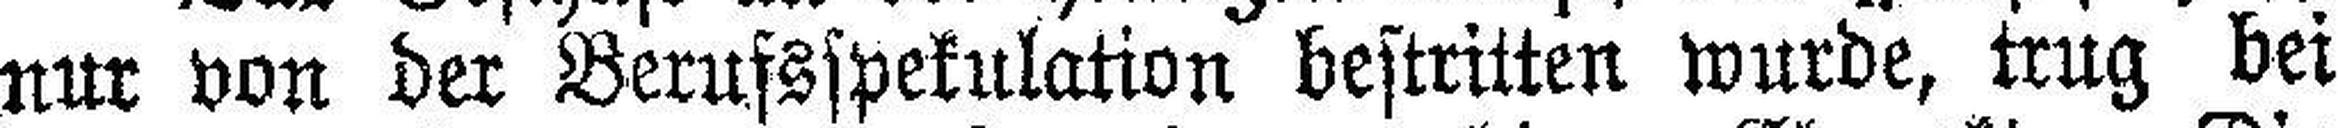
nur von der Berufsspekulation bestritten wurde, trug bei